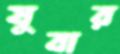
যুবার